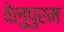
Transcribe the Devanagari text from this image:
वेलुपुरम